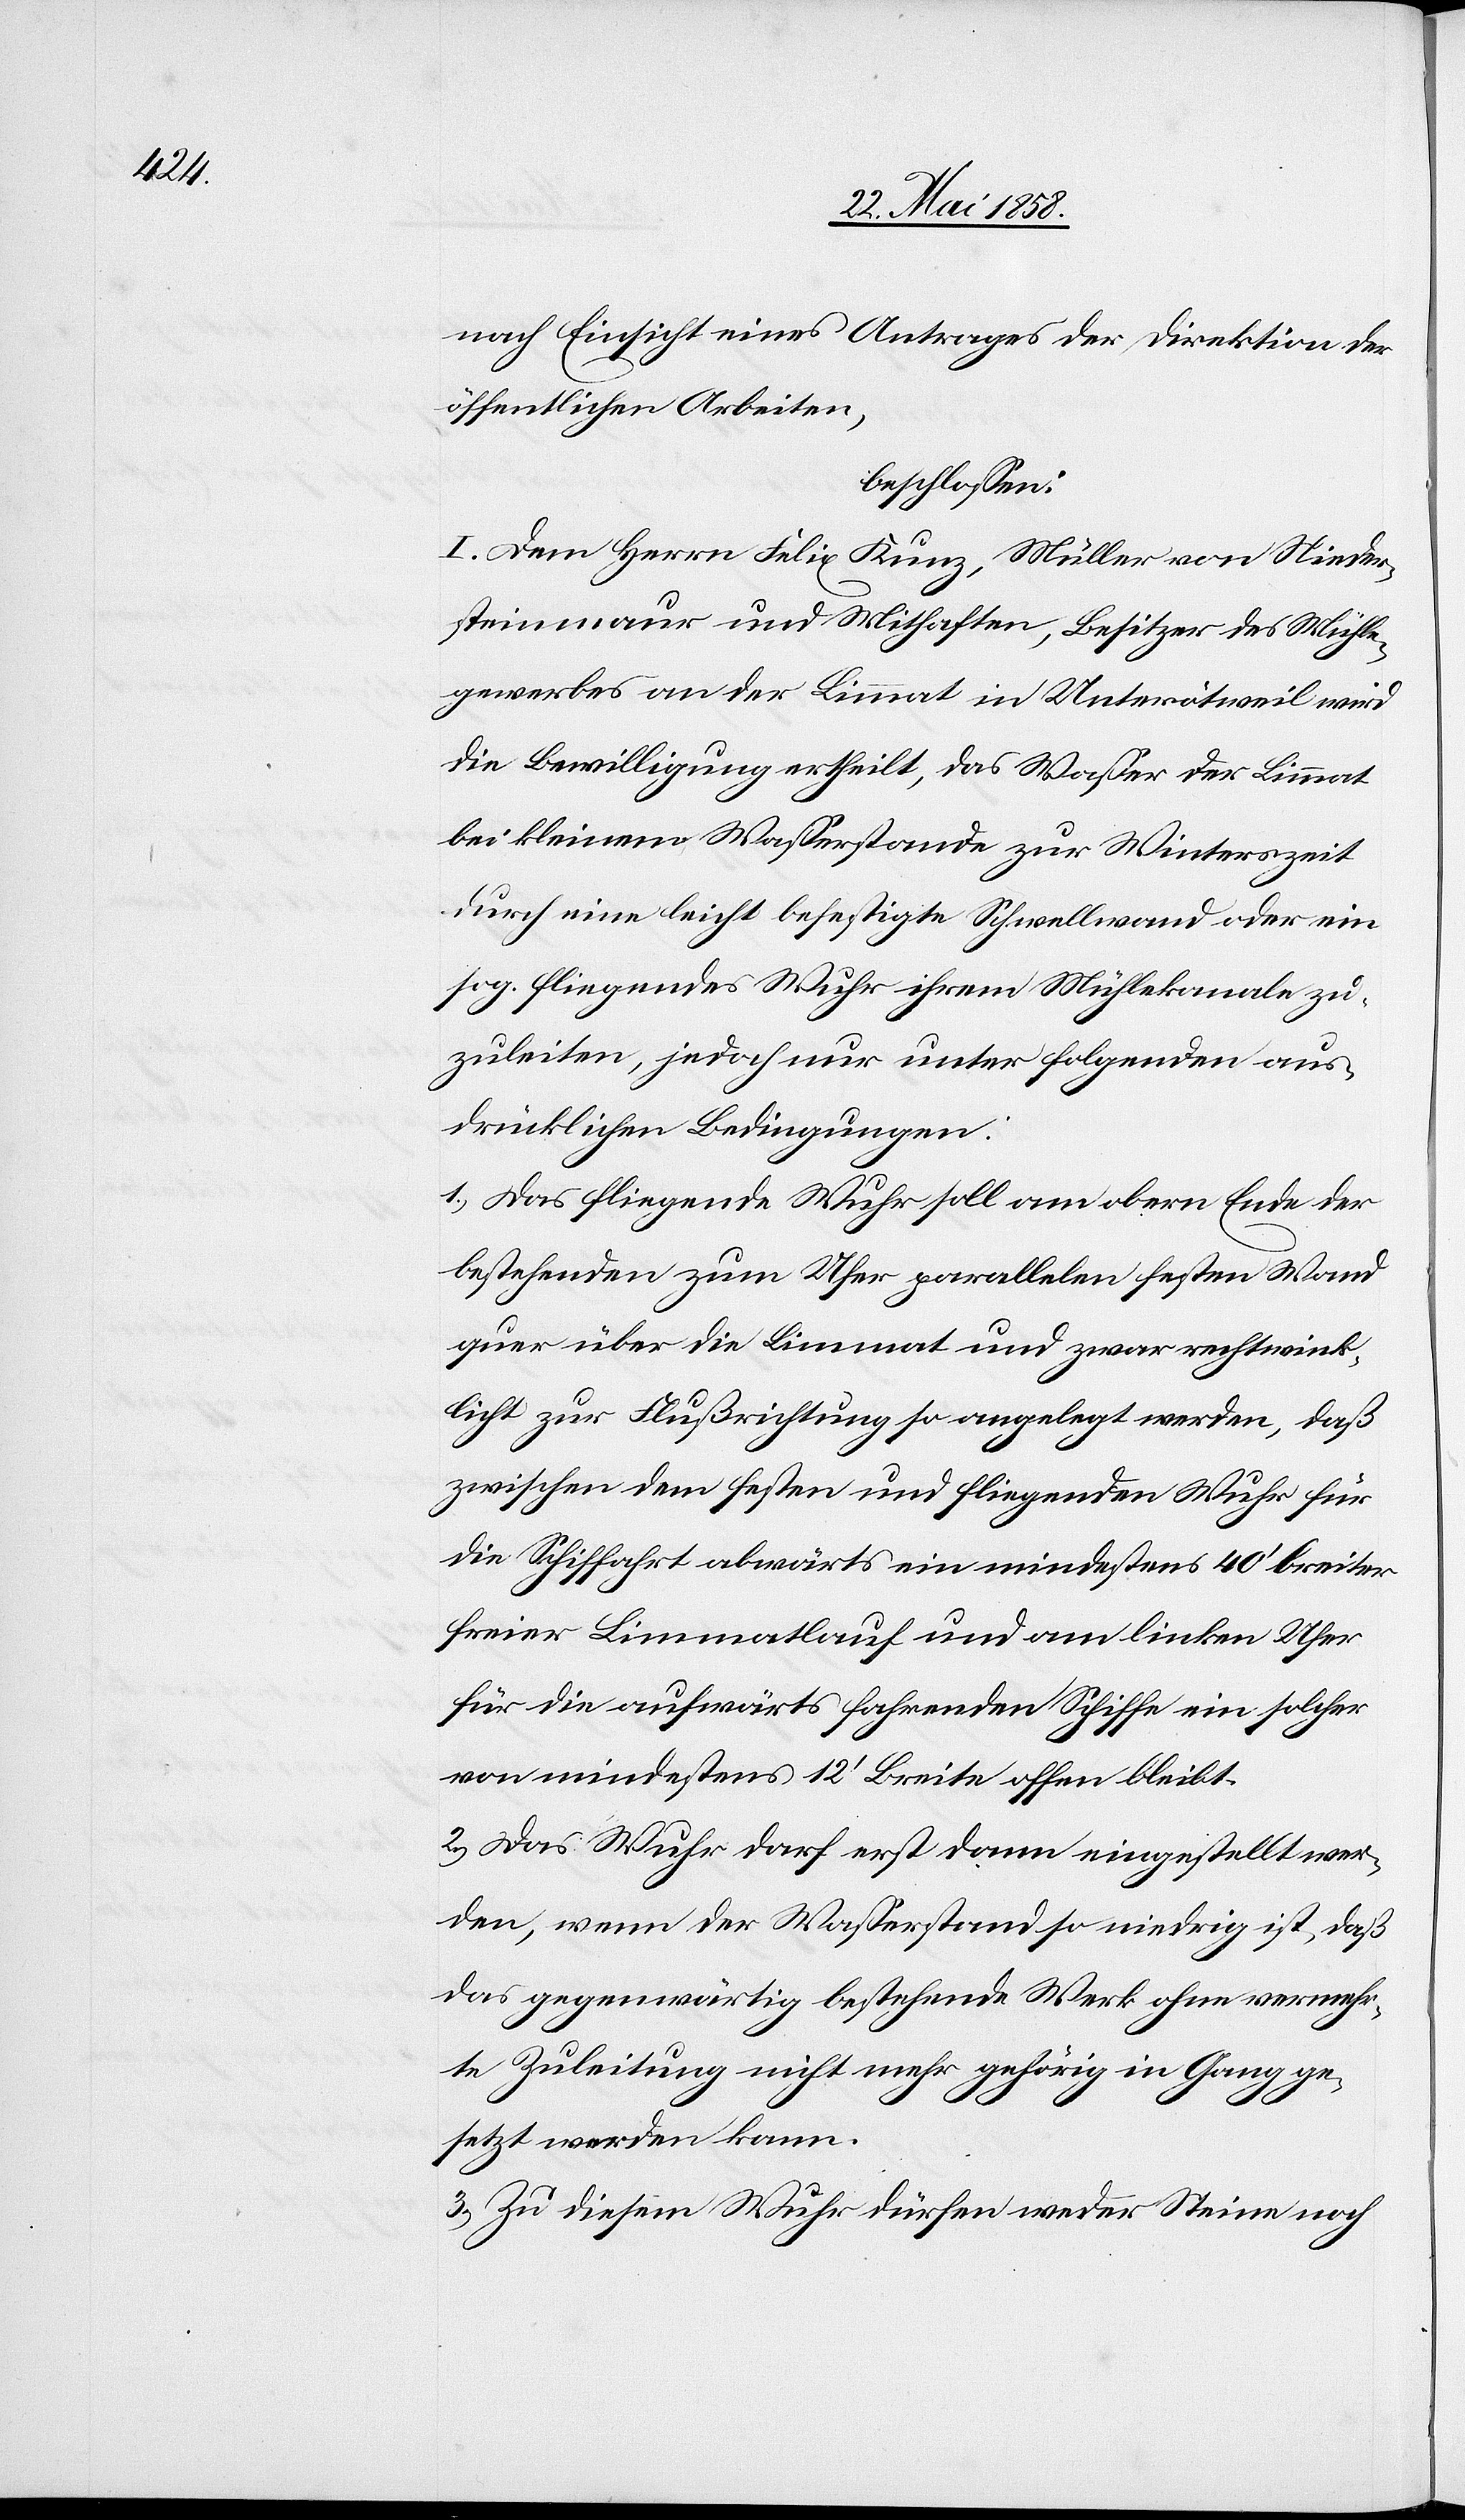
nach Einsicht eines Antrages der Direktion der
öffentlichen Arbeiten,
beschlossen:
I. Dem Herrn Felix Kunz, Müller von Nieder¬
steinmaur und Mithaften, Besitzer des Mühle¬
gewerbes an der Limmat in Unterötweil wird
die Bewilligung ertheilt, das Wasser der Limmat
bei kleinem Wasserstande zur Winterszeit
durch eine leicht befestigte Schwellwand oder ein
sog. liegendes Wuhr ihrem Mühlekanale zu¬
zuleiten, jedoch nur unter folgenden aus¬
drücklichen Bedingungen:
1. Das fliegende Wuhr soll am obern Ende der
bestehenden zum Ufer parallelen festen Wand
quer über die Limmat und zwar rechtwink¬
licht zur Flußrichtung so angelegt werden, daß
zwischen dem festen und fliegenden Wuhr für
die Schiffahrt abwärts ein mindestens 40’ breiter
freier Limmatlauf und am linken Ufer
für die aufwärts fahrenden Schiffe ein solcher
von mindestens 12’ Breite offen bleibt.
2. Das Wuhr darf erst dann eingestellt wer¬
den, wenn der Wasserstand so niedrig ist, daß
das gegenwärtig bestehende Werk ohne vermehr¬
te Zuleitung nicht mehr gehörig in Gang ge¬
setzt werden kann.
3. Zu diesem Wuhr dürfen weder Steine noch